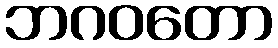
ဘဂဝတော